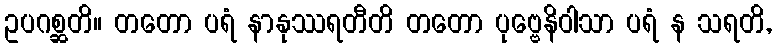
ဥပဂစ္ဆတိ။ တတော ပရံ နာနုဿရတီတိ တတော ပုဗ္ဗေနိဝါသာ ပရံ န သရတိ,